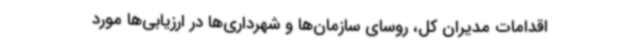
اقدامات مدیران ‌کل، روسای سازمان‌ها و شهرداری‌ها در ارزیابی‌ها مورد